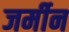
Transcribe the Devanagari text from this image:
जर्मीन